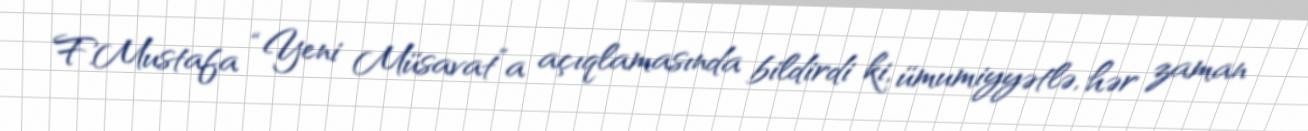
F.Mustafa “Yeni Müsavat”a açıqlamasında bildirdi ki, ümumiyyətlə, hər zaman